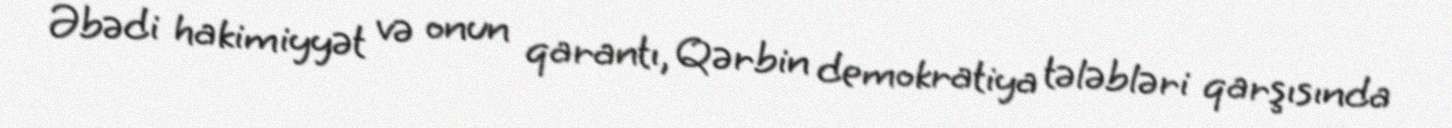
Əbədi hakimiyyət və onun qarantı, Qərbin demokratiya tələbləri qarşısında